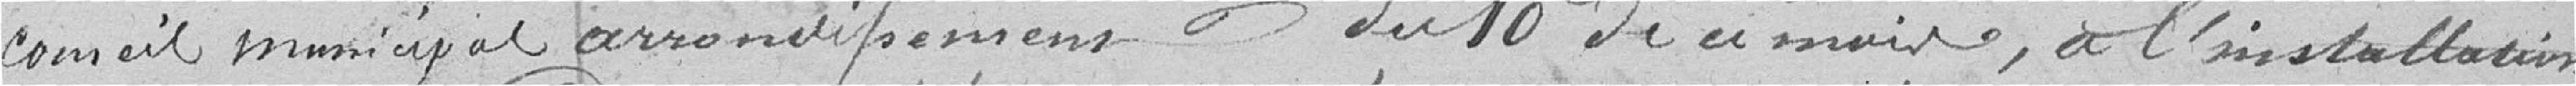
conseil municipal arrondissement du 10 de ce mois, à l'installation